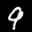
Label: 9